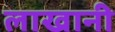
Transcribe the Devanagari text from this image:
लाखानी